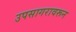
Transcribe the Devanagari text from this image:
उपसागरावरून